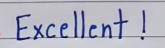
Excellent !